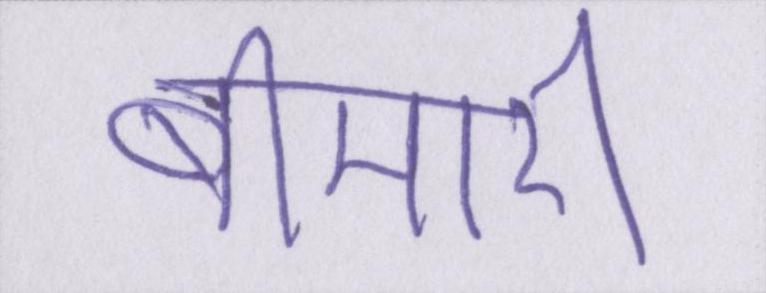
बीमारी